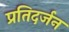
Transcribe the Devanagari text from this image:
प्रतिदर्जन